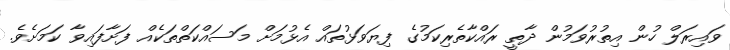
ވައިރަލް ހުން އިތުރުވަމުން ދާތީ ރައްކާތެރިކަމުގެ ފިޔަވަޅުތައް އެޅުމަށް މަސައްކަތްތަކެއް ފަށާފައިވާ ކަމަށެވެ.